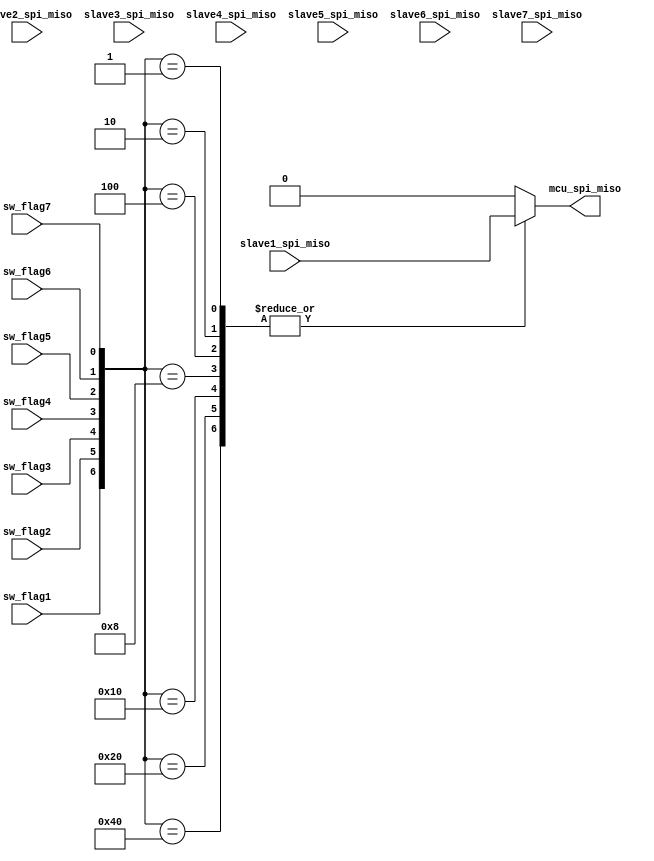
module spi_rx(
input		sw_flag1,
input		sw_flag2,
input		sw_flag3,
input		sw_flag4,
input		sw_flag5,
input		sw_flag6,
input		sw_flag7,

input		slave1_spi_miso,
input		slave2_spi_miso,
input		slave3_spi_miso,
input		slave4_spi_miso,
input		slave5_spi_miso,
input		slave6_spi_miso,
input		slave7_spi_miso,

output	reg mcu_spi_miso
);


wire [6:0]isel;
assign isel={sw_flag1,sw_flag2,sw_flag3,sw_flag4,sw_flag5,sw_flag6,sw_flag7};


always@(*)
begin
	case(isel)
		7'b1000000:mcu_spi_miso=slave1_spi_miso;
		7'b0100000:mcu_spi_miso=slave1_spi_miso;
		7'b0010000:mcu_spi_miso=slave1_spi_miso;
		7'b0001000:mcu_spi_miso=slave1_spi_miso;
		7'b0000100:mcu_spi_miso=slave1_spi_miso;
		7'b0000010:mcu_spi_miso=slave1_spi_miso;
		7'b0000001:mcu_spi_miso=slave1_spi_miso;
		default:mcu_spi_miso=1'b0;
	endcase
end


endmodule